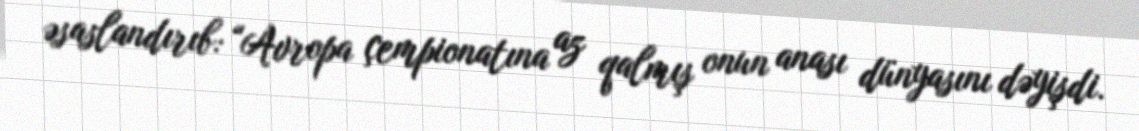
əsaslandırıb: “Avropa çempionatına az qalmış onun anası dünyasını dəyişdi.